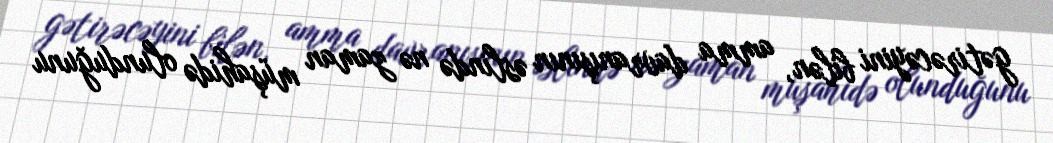
gətirəcəyini bilən, amma davranışının əslində nə zaman müşahidə olunduğunu